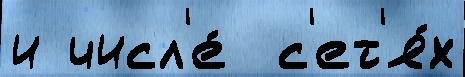
и числ'е́  с'ет'я́х